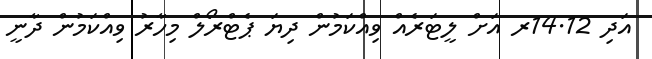
އަދި 14.12ރ އަށް ލީޓަރެއް ވިއްކަމުން ދިޔަ ޕެޓްރޯލް މިހާރު ވިއްކަމުން ދާނީ